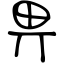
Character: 畀